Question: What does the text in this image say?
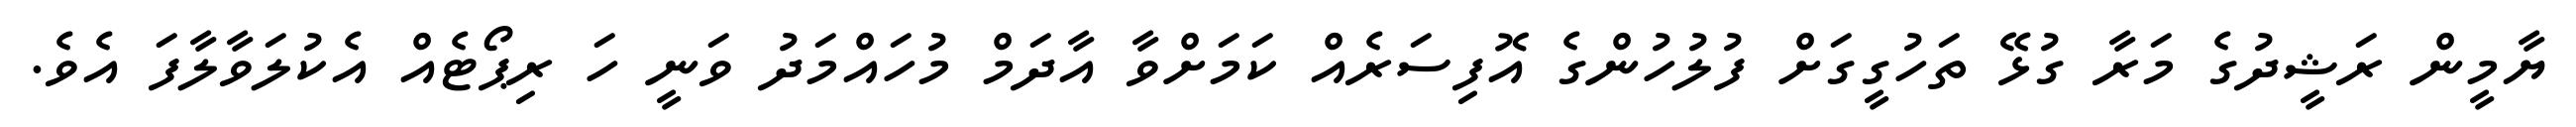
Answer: ޔާމީން ރަޝީދުގެ މަރާ ގުޅޭ ތަހުގީގަށް ފުލުހުންގެ އޮފިސަރެއް ކަމަށްވާ އާދަމް މުހައްމަދު ވަނީ ހަ ރިޕޯޓެއް އެކުލަވާލާފަ އެވެ.